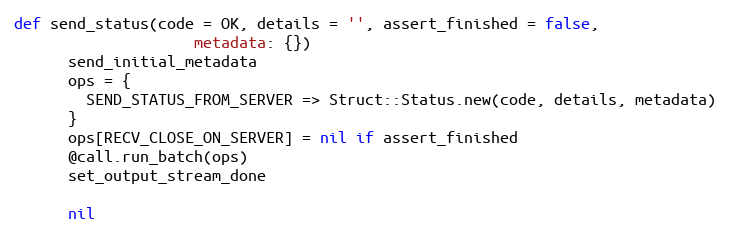
Language: Ruby
def send_status(code = OK, details = '', assert_finished = false,
                    metadata: {})
      send_initial_metadata
      ops = {
        SEND_STATUS_FROM_SERVER => Struct::Status.new(code, details, metadata)
      }
      ops[RECV_CLOSE_ON_SERVER] = nil if assert_finished
      @call.run_batch(ops)
      set_output_stream_done

      nil